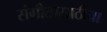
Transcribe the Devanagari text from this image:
संगीतासाठीचा